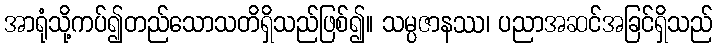
အာရုံသို့ကပ်၍တည်သောသတိရှိသည်ဖြစ်၍။ သမ္ပဇာနဿ၊ ပညာအဆင်အခြင်ရှိသည်